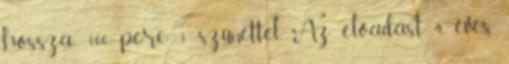
hossza: 100 perc 1 szünettel Az előadást 4 éves